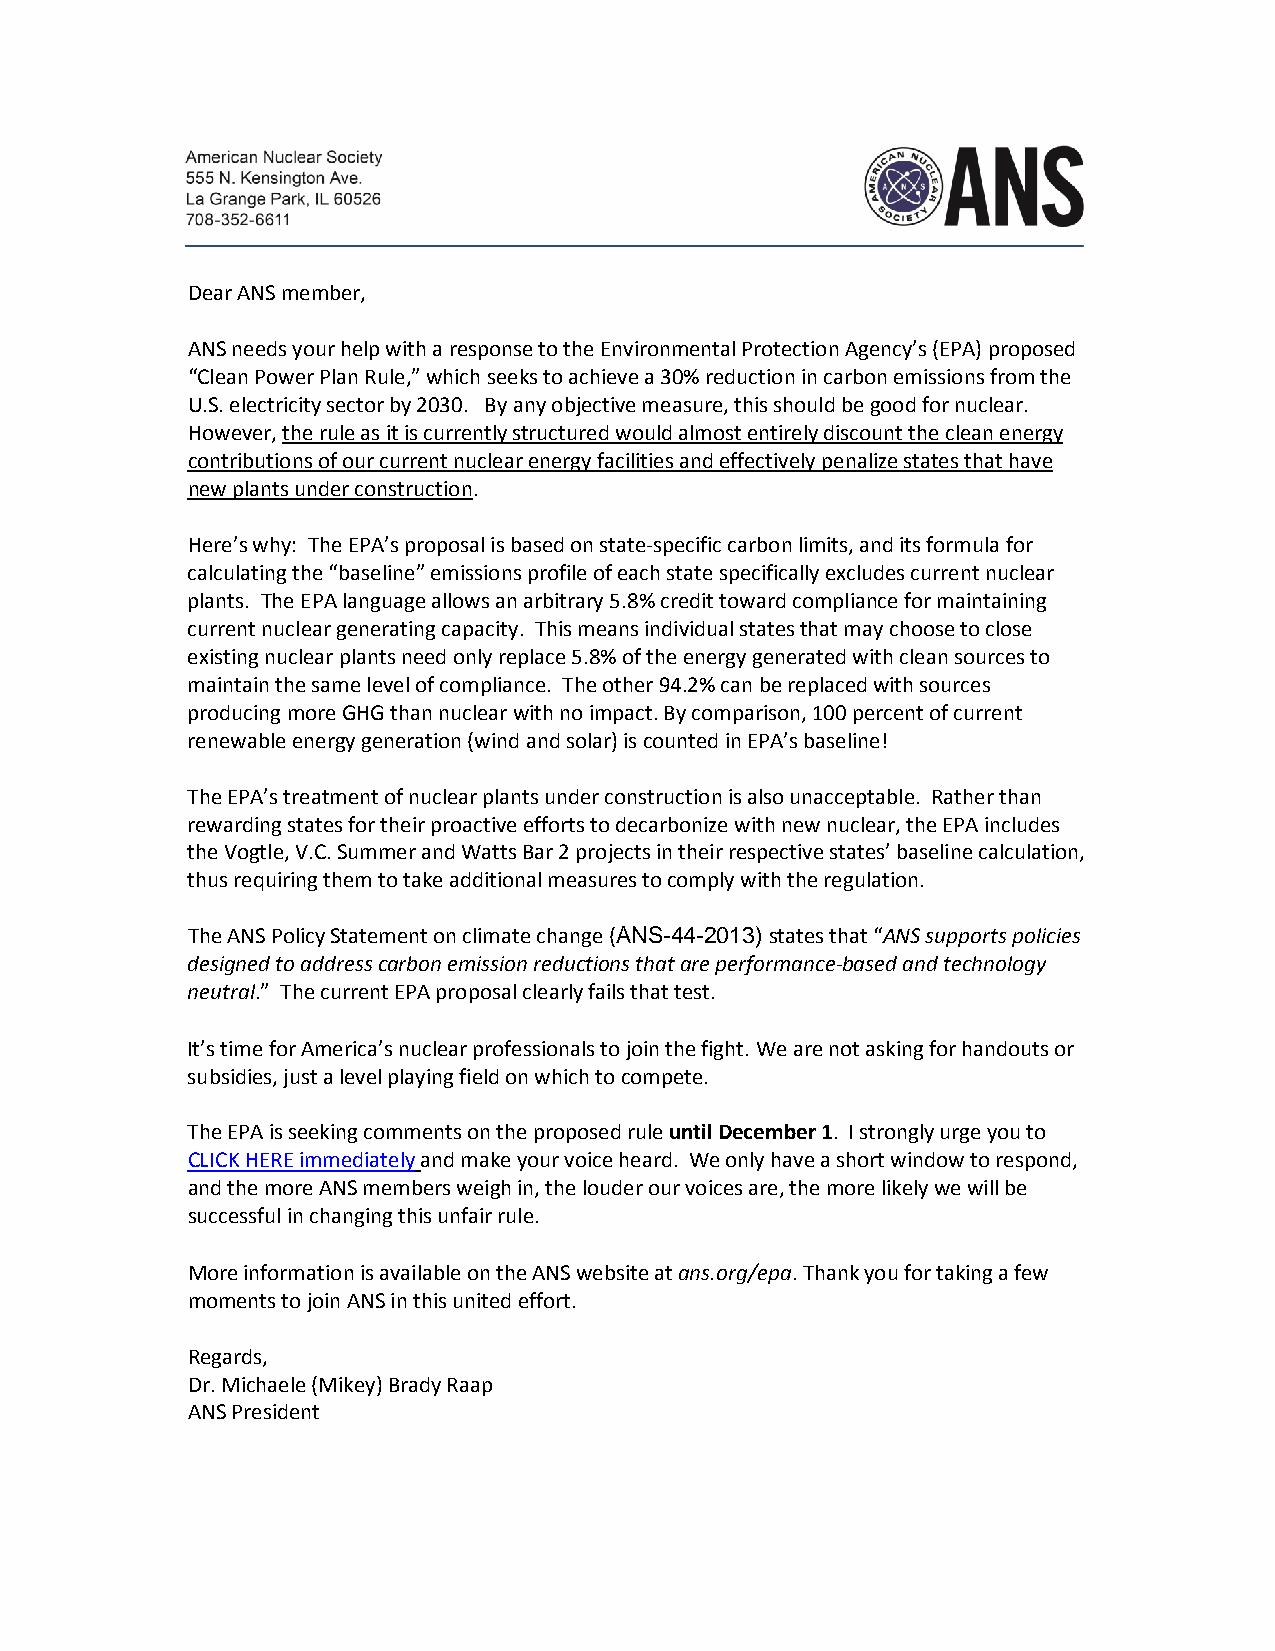
Dear ANS member,
 ANS needs your help with a response to the Environmental Protection Agency’s (EPA) proposed
 “Clean Power Plan Rule,” which seeks to achieve a 30% reduction in carbon emissions from the
 U.S. electricity sector by 2030. By any objective measure, this should be good for nuclear.
 However, the rule as it is currently structured would almost entirely discount the clean energy
 contributions of our current nuclear energy facilities and effectively penalize states that have
 new plants under construction.
 Here’s why: The EPA’s proposal is based on state-specific carbon limits, and its formula for
 calculating the “baseline” emissions profile of each state specifically excludes current nuclear
 plants. The EPA language allows an arbitrary 5.8% credit toward compliance for maintaining
 current nuclear generating capacity. This means individual states that may choose to close
 existing nuclear plants need only replace 5.8% of the energy generated with clean sources to
 maintain the same level of compliance. The other 94.2% can be replaced with sources
 producing more GHG than nuclear with no impact. By comparison, 100 percent of current
 renewable energy generation (wind and solar) is counted in EPA’s baseline!
 The EPA’s treatment of nuclear plants under construction is also unacceptable. Rather than
 rewarding states for their proactive efforts to decarbonize with new nuclear, the EPA includes
 the Vogtle, V.C. Summer and Watts Bar 2 projects in their respective states’ baseline calculation,
 thus requiring them to take additional measures to comply with the regulation.
 The ANS Policy Statement on climate change (ANS-44-2013) states that “ANS supports policies
 designed to address carbon emission reductions that are performance-based and technology
 neutral.” The current EPA proposal clearly fails that test.
 It’s time for America’s nuclear professionals to join the fight. We are not asking for handouts or
 subsidies, just a level playing field on which to compete.
 The EPA is seeking comments on the proposed rule until December 1. I strongly urge you to
 CLICK HERE immediately and make your voice heard. We only have a short window to respond,
 and the more ANS members weigh in, the louder our voices are, the more likely we will be
 successful in changing this unfair rule.
 More information is available on the ANS website at ans.org/epa. Thank you for taking a few
 moments to join ANS in this united effort.
 Regards,
 Dr. Michaele (Mikey) Brady Raap
 ANS President